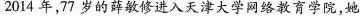
2014年，77岁的薛敏修进入天津大学网络教育学院，她